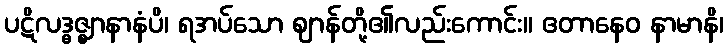
ပဋိလဒ္ဓဇ္ဈာနာနံပိ၊ ရအပ်သော ဈာန်တို့၏လည်းကောင်း။ ဧတာနေဝ နာမာနိ၊